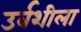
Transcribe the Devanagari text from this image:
उर्वशीला